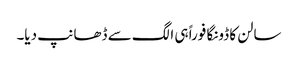
سالن کا ڈونگا فوراً ہی الگ سے ڈھانپ دیا۔